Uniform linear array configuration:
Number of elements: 64
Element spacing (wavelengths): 0.5
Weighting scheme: kaiser
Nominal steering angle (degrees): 0
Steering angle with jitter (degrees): -1.248
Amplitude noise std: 0.05
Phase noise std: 0.05

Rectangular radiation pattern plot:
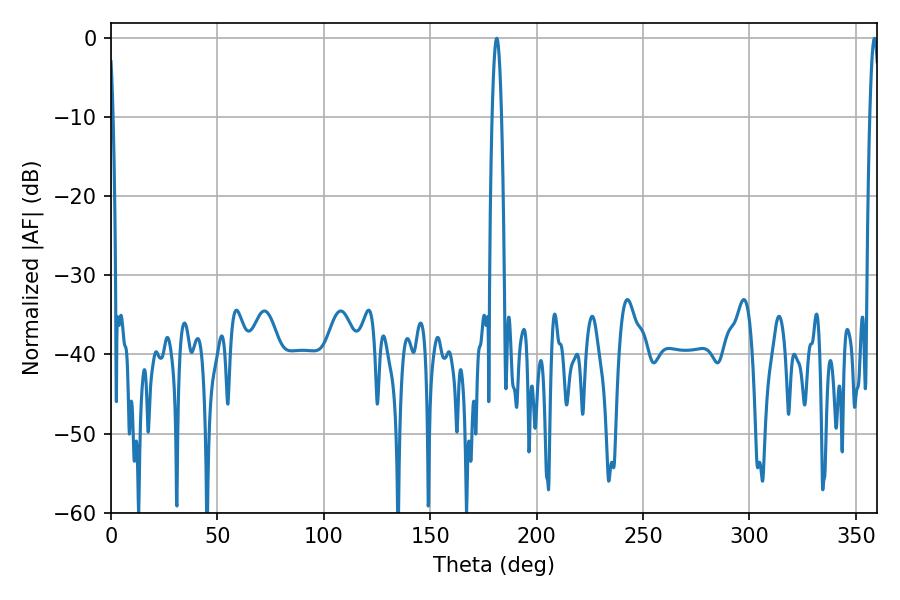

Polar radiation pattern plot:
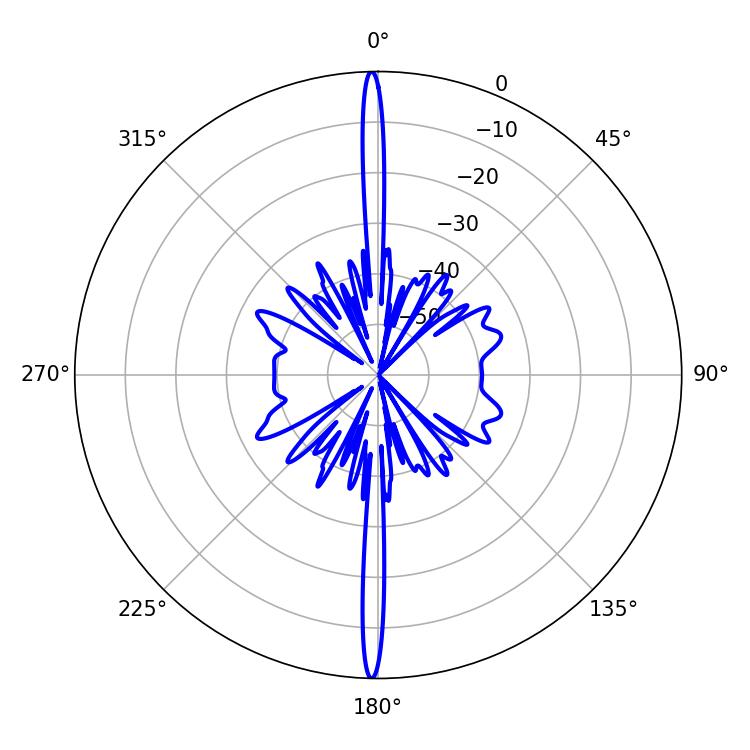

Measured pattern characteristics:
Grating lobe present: FALSE
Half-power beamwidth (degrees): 2.52
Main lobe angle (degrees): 358.74